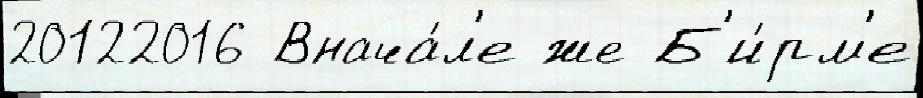
20122016 Внача́л'е же Б'и́рм'е